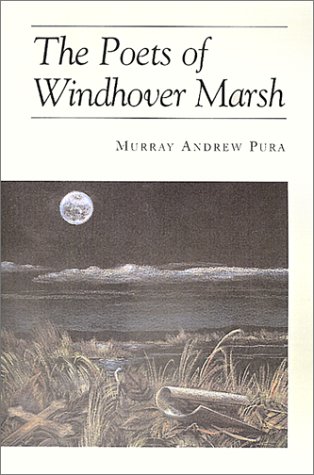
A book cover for The Poets of Windhover Marsh; Murray A. Pura; Religion & Spirituality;